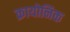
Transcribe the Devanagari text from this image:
क्रायोनिक